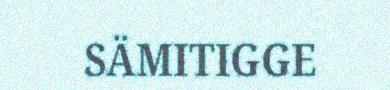
SÄMITIGGE